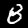
Label: 8